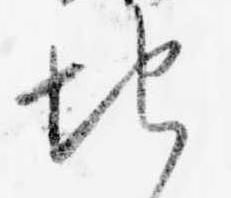
地